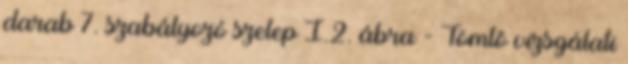
darab 7. szabályozó szelep I.2. ábra - Tömlõ vizsgálati